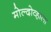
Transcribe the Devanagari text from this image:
मोल्दोव्हाला